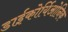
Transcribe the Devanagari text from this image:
डाईकोर्यिओनिक